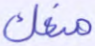
منعك